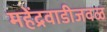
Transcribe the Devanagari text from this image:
महेंद्रवाडीजवळ